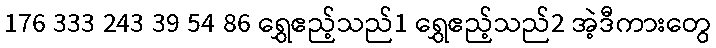
176 333 243 39 54 86 ရွှေဧည့်သည်1 ရွှေဧည့်သည်2 အဲ့ဒီကားတွေ